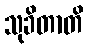
သုခိတာတိ